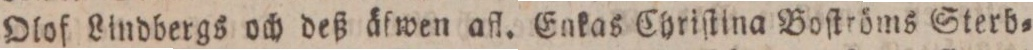
Olof Lindbergs och deß äfwen afl. Enkas Chriſtina Boſtröms Sterb=